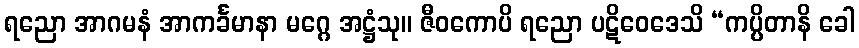
ရညော အာဂမနံ အာကင်္ခမာနာ မဂ္ဂေ အဋ္ဌံသု။ ဇီဝကောပိ ရညော ပဋိဝေဒေသိ “ကပ္ပိတာနိ ခေါ